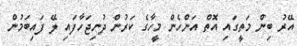
އޭރު ބިން މަތީގައި އޮތް އަންހެން މީހާގެ ކަރުން ދުނިޖަހާފައި ލޭ ފައިބަމުން